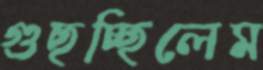
গুছচ্ছিলেম